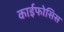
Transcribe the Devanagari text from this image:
काईफोसिस